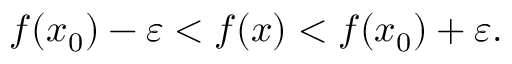
f ( x _ { 0 } ) - \varepsilon < f ( x ) < f ( x _ { 0 } ) + \varepsilon .